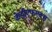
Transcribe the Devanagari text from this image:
केडीएफएक्स